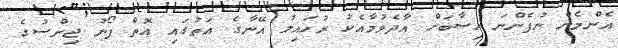
އެންމެން ނުފެންނަ ހިސާބަށް އާދެވުމާއެކު ރުހައިލު އޭނާގެ އަތުގައި އޮތް ފޯނު ޖިންސުގެ